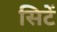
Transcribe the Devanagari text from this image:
सिटें